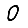
Digit: 0